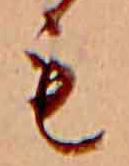
も